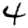
Digit: 4